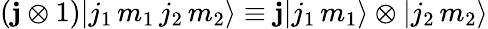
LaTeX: (\mathbf{j}\otimes 1)|j_{1}\, m_{1}\, j_{2}\, m_{2}\rangle\equiv\mathbf{j}|j_{1}\, m_{1}\rangle\otimes|j_{2}\, m_{2}\rangle